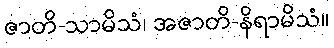
ဇာတိ-သာမိသံ၊ အဇာတိ-နိရာမိသံ။